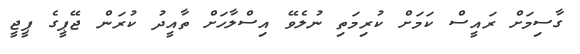
ގާސިމަށް ރައީސް ކަމަށް ކުރިމަތި ނުލެވޭ އިސްލާހަށް ތާއީދު ކުރަން ޖޭޕީގެ ޕީޖީ